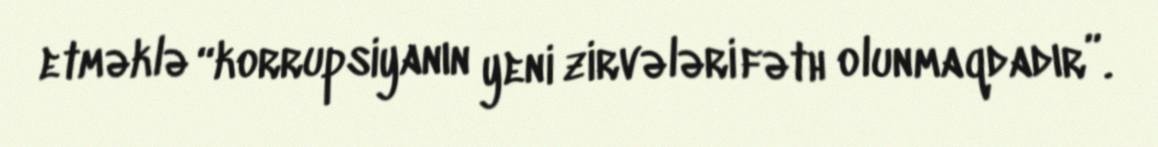
etməklə “korrupsiyanın yeni zirvələri fəth olunmaqdadır”.